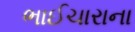
ભાઈચારાના